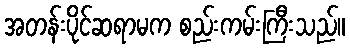
အတန်းပိုင်ဆရာမက စည်းကမ်းကြီးသည်။